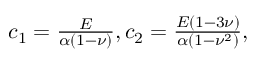
\begin{array} { r } { c _ { 1 } = \frac { E } { \alpha ( 1 - \nu ) } , c _ { 2 } = \frac { E ( 1 - 3 \nu ) } { \alpha ( 1 - \nu ^ { 2 } ) } , } \end{array}